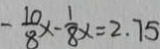
- \frac { 1 0 } { 8 } x - \frac { 1 } { 8 } x = 2 . 7 5